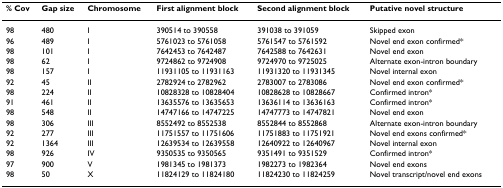
<table><thead><tr><td><b>% Cov</b></td><td><b>Gap size</b></td><td><b>Chromosome</b></td><td><b>First alignment block</b></td><td><b>Second alignment block</b></td><td><b>Putative novel structure</b></td></tr></thead><tbody><tr><td>98</td><td>480</td><td>I</td><td>390514 to 390558</td><td>391038 to 391059</td><td>Skipped exon</td></tr><tr><td>96</td><td>489</td><td>I</td><td>5761023 to 5761058</td><td>5761547 to 5761592</td><td>Novel end exon confirmed*</td></tr><tr><td>98</td><td>101</td><td>I</td><td>7642453 to 7642487</td><td>7642588 to 7642631</td><td>Novel end exon</td></tr><tr><td>98</td><td>62</td><td>I</td><td>9724862 to 9724908</td><td>9724970 to 9725025</td><td>Alternate exon-intron boundary</td></tr><tr><td>98</td><td>157</td><td>I</td><td>11931105 to 11931163</td><td>11931320 to 11931345</td><td>Novel internal exon</td></tr><tr><td>92</td><td>45</td><td>II</td><td>2782924 to 2782962</td><td>2783007 to 2783086</td><td>Novel end exon confirmed*</td></tr><tr><td>98</td><td>224</td><td>II</td><td>10828328 to 10828404</td><td>10828628 to 10828667</td><td>Confirmed intron*</td></tr><tr><td>91</td><td>461</td><td>II</td><td>13635576 to 13635653</td><td>13636114 to 13636163</td><td>Confirmed intron*</td></tr><tr><td>98</td><td>548</td><td>II</td><td>14747166 to 14747225</td><td>14747773 to 14747821</td><td>Novel end exon</td></tr><tr><td>98</td><td>306</td><td>III</td><td>8552492 to 8552538</td><td>8552844 to 8552868</td><td>Alternate exon-intron boundary</td></tr><tr><td>92</td><td>277</td><td>III</td><td>11751557 to 11751606</td><td>11751883 to 11751921</td><td>Novel end exons confirmed*</td></tr><tr><td>92</td><td>1364</td><td>III</td><td>12639534 to 12639558</td><td>12640922 to 12640967</td><td>Novel internal exon</td></tr><tr><td>98</td><td>926</td><td>IV</td><td>9350535 to 9350565</td><td>9351491 to 9351529</td><td>Confirmed intron*</td></tr><tr><td>97</td><td>900</td><td>V</td><td>1981345 to 1981373</td><td>1982273 to 1982364</td><td>Novel end exons</td></tr><tr><td>98</td><td>50</td><td>X</td><td>11824129 to 11824180</td><td>11824230 to 11824259</td><td>Novel transcript/novel end exons</td></tr></tbody></table>